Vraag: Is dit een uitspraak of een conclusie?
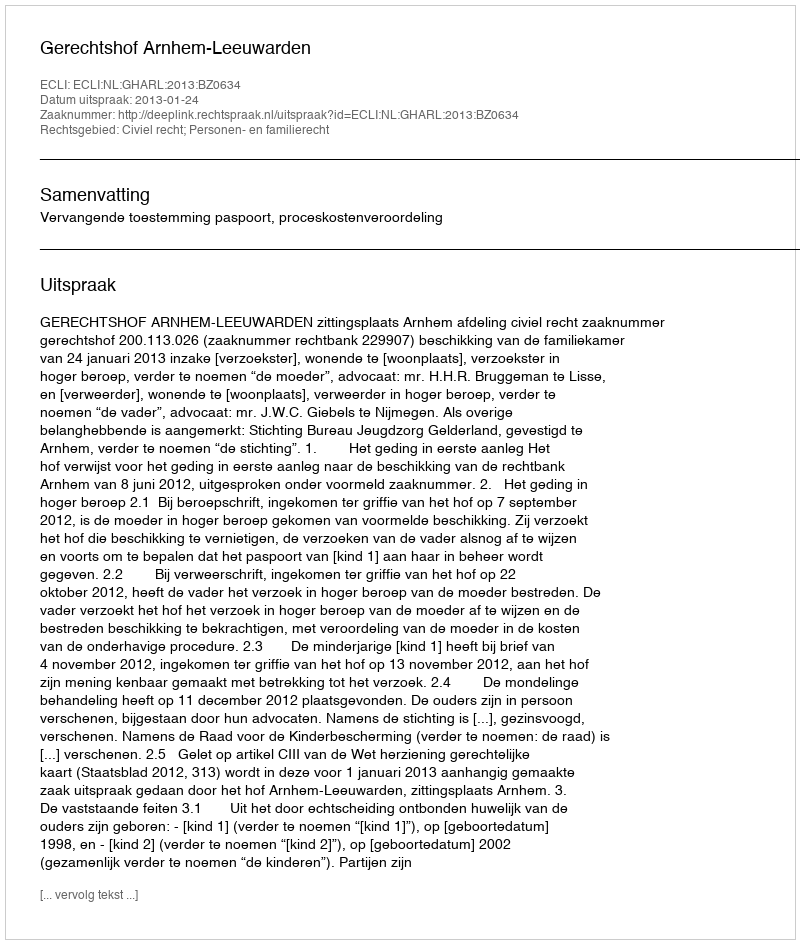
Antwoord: Uitspraak